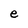
Character: e